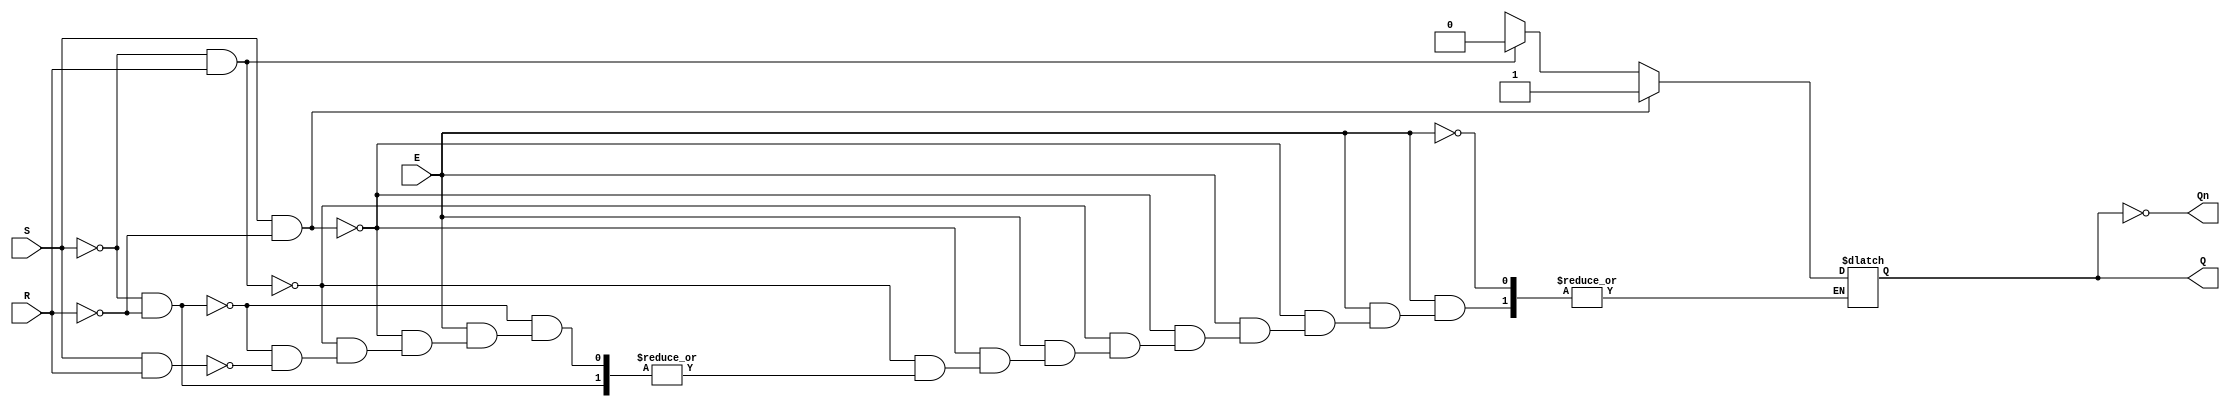
module gated_sr_latch (
    input wire S,      // Set input
    input wire R,      // Reset input
    input wire E,      // Enable input
    output reg Q,      // Output Q
    output wire Qn     // Complementary output Q'
);

    // Complementary output
    assign Qn = ~Q;

    // Always block to implement the gated SR latch behavior
    always @(*) begin
        if (E) begin
            if (S && ~R) begin
                Q = 1'b1; // Set state
            end else if (~S && R) begin
                Q = 1'b0; // Reset state
            end else if (~S && ~R) begin
                // Hold state (do nothing)
                Q = Q; // Retain previous state
            end else if (S && R) begin
                // Invalid state (S = 1, R = 1)
                Q = 1'bx; // Indeterminate state
            end
        end
        // If E is low, retain current state (Q will not change)
    end

endmodule